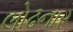
લોઢનાર